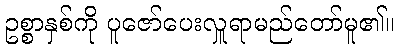
ဥစ္စာနှစ်ကို ပူဇော်ပေးလှူရာမည်တော်မူ၏။